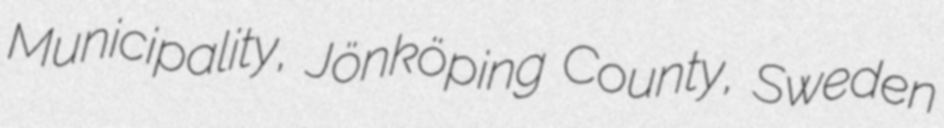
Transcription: Municipality, Jönköping County, Sweden